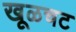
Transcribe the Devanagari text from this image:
खूळचट